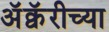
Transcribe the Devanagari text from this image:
अॅक्वॅरीच्या